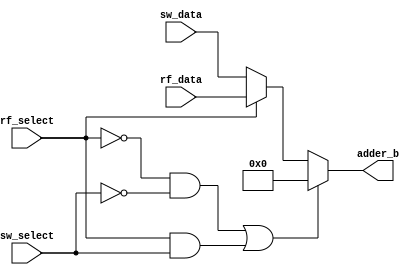
module imm_mux(   input [15:0] rf_data,
                    input [15:0] sw_data,
                    input rf_select,
                    input sw_select,
                    output reg [15:0] adder_b);

    always@(*)
    begin
    
        if((rf_select==0 && sw_select==0)||(rf_select==1 && sw_select==1))
            adder_b <= 0;
            
        else if(rf_select==1)
            adder_b <= rf_data;

        else //_Extern
            adder_b <= sw_data;
            
    end
        
endmodule